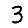
Digit: 3